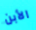
الأبن